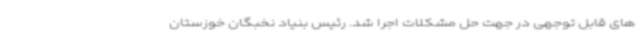
های قابل توجهی در جهت حل مشکلات اجرا شد. رئیس بنیاد نخبگان خوزستان